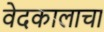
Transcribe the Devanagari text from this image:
वेदकालाचा